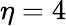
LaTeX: \eta=4